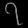
Digit: ၇